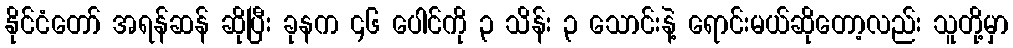
နိုင်ငံတော် အရန်ဆန် ဆိုပြီး ခုနက ၄၆ ပေါင်ကို ၃ သိန်း ၃ သောင်းနဲ့ ရောင်းမယ်ဆိုတော့လည်း သူတို့မှာ